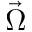
\vec { \Omega }